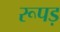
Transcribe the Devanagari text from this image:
रूपड़